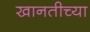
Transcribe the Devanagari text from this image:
खानतीच्या